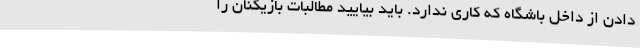
دادن از داخل باشگاه که کاری ندارد. باید بیایید مطالبات بازیکنان را